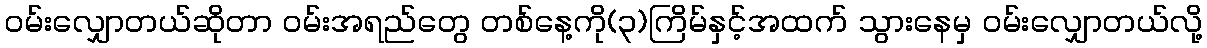
ဝမ်းလျှောတယ်ဆိုတာ ဝမ်းအရည်တွေ တစ်နေ့ကို(၃)ကြိမ်နှင့်အထက် သွားနေမှ ဝမ်းလျှောတယ်လို့